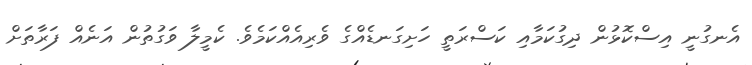
އެނގުނީ އިސްކޮޅުން ދިގުކަމާއި ކަސްރަތީ ހަށިގަނޑެއްގެ ވެރިއެއްކަމެވެ. ކެމީލާ ވަގުތުން އަނެއް ފަރާތަށް